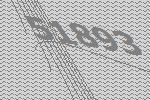
51893